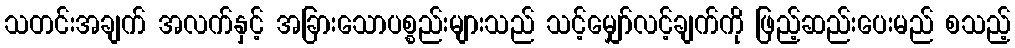
သတင်းအချက် အလက်နှင့် အခြားသောပစ္စည်းများသည် သင့်မျှော်လင့်ချက်ကို ဖြည့်ဆည်းပေးမည် စသည့်